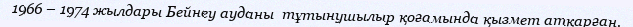
1966 – 1974 жылдары Бейнеу ауданы  тұтынушылыр қоғамында қызмет атқарған.